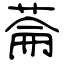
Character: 菕